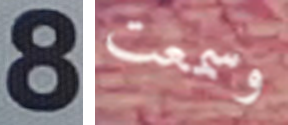
8 وسمعت